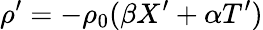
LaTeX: \rho^{\prime}=-\rho_{0}(\beta X^{\prime}+\alpha T^{\prime})